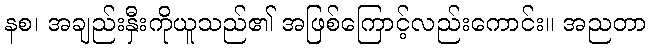
နစ၊ အချည်းနှီးကိုယူသည်၏ အဖြစ်ကြောင့်လည်းကောင်း။ အညတာ